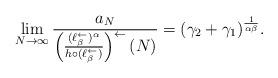
LaTeX: \begin{align*}\lim_{N\to\infty} \frac{a_N}{\left(\frac{(\ell^{\leftarrow}_{\beta})^{\alpha}}{h\circ (\ell^{\leftarrow}_{\beta})}\right)^{\leftarrow}(N)}=(\gamma_2+\gamma_1)^{\frac{1}{\alpha\beta}}.\end{align*}